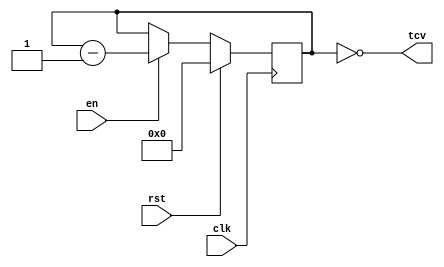
module TimerV(
    input clk,
    input rst,
    input en,
    output tcv
);




reg [6:0] count;
wire [6:0] nextCount;


assign nextCount = count-1;


always @(posedge clk) 
    begin
        if(rst) count <= 2'd44;
        else if(en) count <= nextCount;
    end


assign tcv =  (count == 0);


endmodule